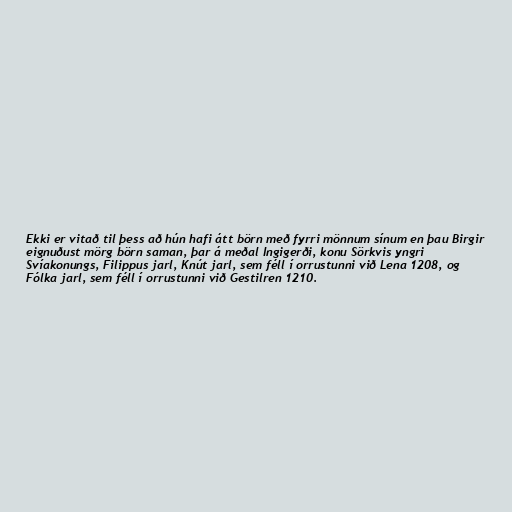
Ekki er vitað til þess að hún hafi átt börn með fyrri mönnum sínum en þau Birgir
eignuðust mörg börn saman, þar á meðal Ingigerði, konu Sörkvis yngri
Svíakonungs, Filippus jarl, Knút jarl, sem féll í orrustunni við Lena 1208, og
Fólka jarl, sem féll í orrustunni við Gestilren 1210.